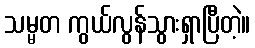
သမ္မတ ကွယ်လွန်သွားရှာပြီတဲ့။